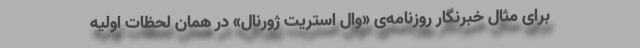
برای مثال خبرنگار روزنامه‌ی «وال استریت ژورنال» در همان لحظات اولیه